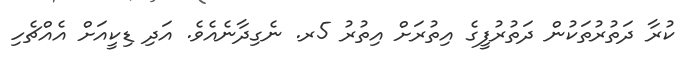
ކުރާ ދަތުރުތަކުން ދަތުރުފީގެ އިތުރަށް އިތުރު 5ރ. ނެގިދާނެއެވެ. އަދި ޑިކީއަށް އެއްޗެހި